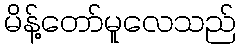
မိန့်တော်မူလေသည်